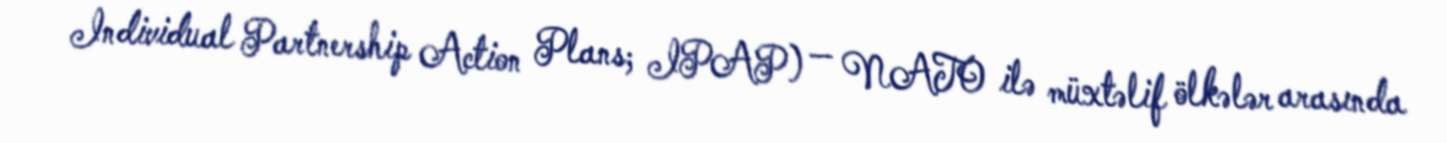
Individual Partnership Action Plans; IPAP) — NATO ilə müxtəlif ölkələr arasında